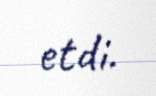
etdi.